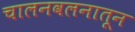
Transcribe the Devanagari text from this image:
चालनवलनातून